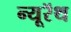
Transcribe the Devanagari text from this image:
न्यूरॅथ